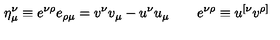
\eta _ { \mu } ^ { \nu } \equiv e ^ { \nu \rho } e _ { \rho \mu } = v ^ { \nu } v _ { \mu } - u ^ { \nu } u _ { \mu } \qquad e ^ { \nu \rho } \equiv u ^ { [ \nu } v ^ { \rho ] }